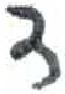
אות: ד